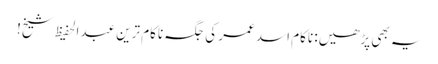
یہ بھی پڑھیں: ناکام اسد عمر کی جگہ ناکام ترین عبدالحفیظ شیخ!